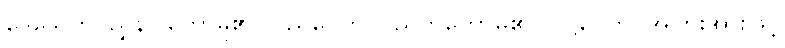
ဒေသေတိ၊ ညွှန်ပြတော်မူ၏။ ပညပေတိ၊ ပညတ်တော်မူ၏။ ပဋ္ဌပေတိ၊ အပြားအားဖြင့်